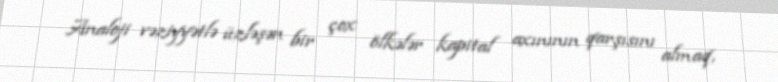
Analoji vəziyyətlə üzləşən bir çox ölkələr kapital axınının qarşısını almaq,